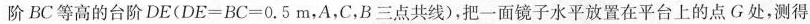
阶BC等高的台阶DE($$DE=BC=0.5m$$，A，C，B三点共线)，把一面镜子水平放置在平台上的点G处，测得